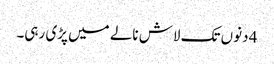
4 دنوں تک لاش نالے میں پڑی رہی۔